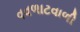
વવળાટવાળી